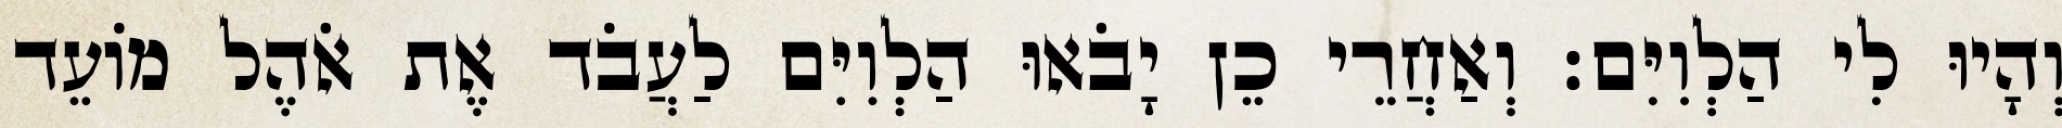
וְהָיוּ לִי הַלְוִיִּם׃ וְאַחֲרֵי כֵן יָבֹאוּ הַלְוִיִּם לַעֲבֹד אֶת אֹהֶל מוֹעֵד